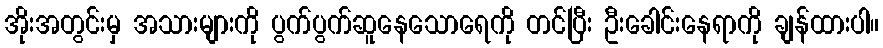
အိုးအတွင်းမှ အသားများကို ပွက်ပွက်ဆူနေသောရေကို တင်ပြီး ဦးခေါင်းနေရာကို ချန်ထားပါ။